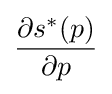
{\frac {\partial s^{\ast }(p)}{\partial p}}